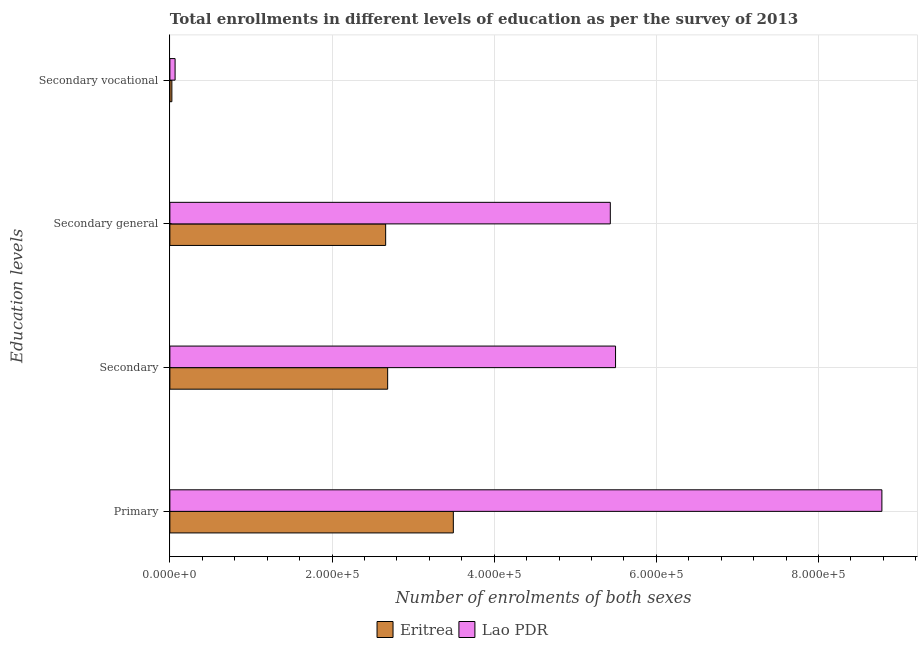
| Education levels | Eritrea | Lao PDR |
 | --- | --- | --- |
 | Primary | 3.5e+05 | 8.78e+05 |
 | Secondary | 2.69e+05 | 5.5e+05 |
 | Secondary general | 2.66e+05 | 5.43e+05 |
 | Secondary vocational | 2.47e+03 | 6.45e+03 |